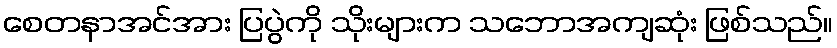
စေတနာအင်အား ပြပွဲကို သိုးများက သဘောအကျဆုံး ဖြစ်သည်။